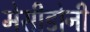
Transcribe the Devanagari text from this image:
मेसीडोनी